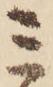
ミ